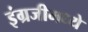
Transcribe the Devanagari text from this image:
इंग्रजीमध्‍ये